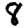
Digit: 8